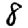
Digit: 8